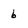
Character: 6